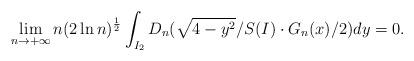
LaTeX: \begin{align*}\lim_{n\to+\infty}n(2\ln n)^{\frac{1}{2}}\int_{I_2}D_n(\sqrt{4-y^2}/S(I) \cdot G_n(x)/2)dy=0.\end{align*}